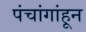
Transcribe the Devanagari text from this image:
पंचांगांहून